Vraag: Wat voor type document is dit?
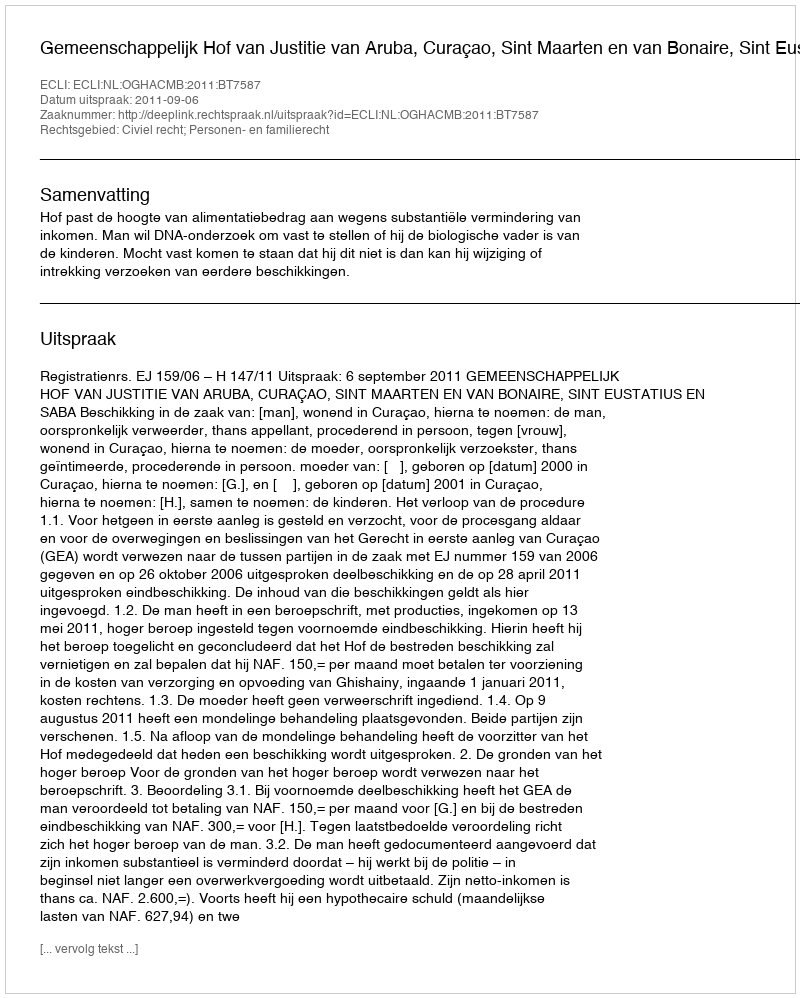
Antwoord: Uitspraak